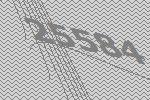
25584